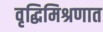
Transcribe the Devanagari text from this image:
वृद्धिमिश्रणात